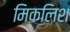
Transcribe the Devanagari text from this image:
मिकलिश